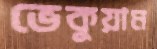
ভেকুয়াম